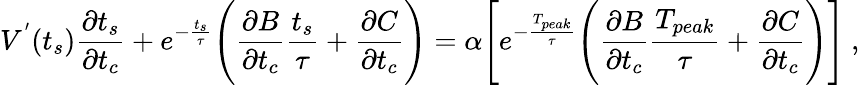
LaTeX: V^{'}(t_{s})\frac{\partial t_{s}}{\partial t_{c}}+e^{-\frac{t_{s}}{\tau}}\Bigg(\frac{\partial B}{\partial t_{c}}\frac{t_{s}}{\tau}+\frac{\partial C}{\partial t_{c}}\Bigg)=\alpha\Bigg[e^{-\frac{T_{peak}}{\tau}}\Bigg(\frac{\partial B}{\partial t_{c}}\frac{T_{peak}}{\tau}+\frac{\partial C}{\partial t_{c}}\Bigg)\Bigg]~,